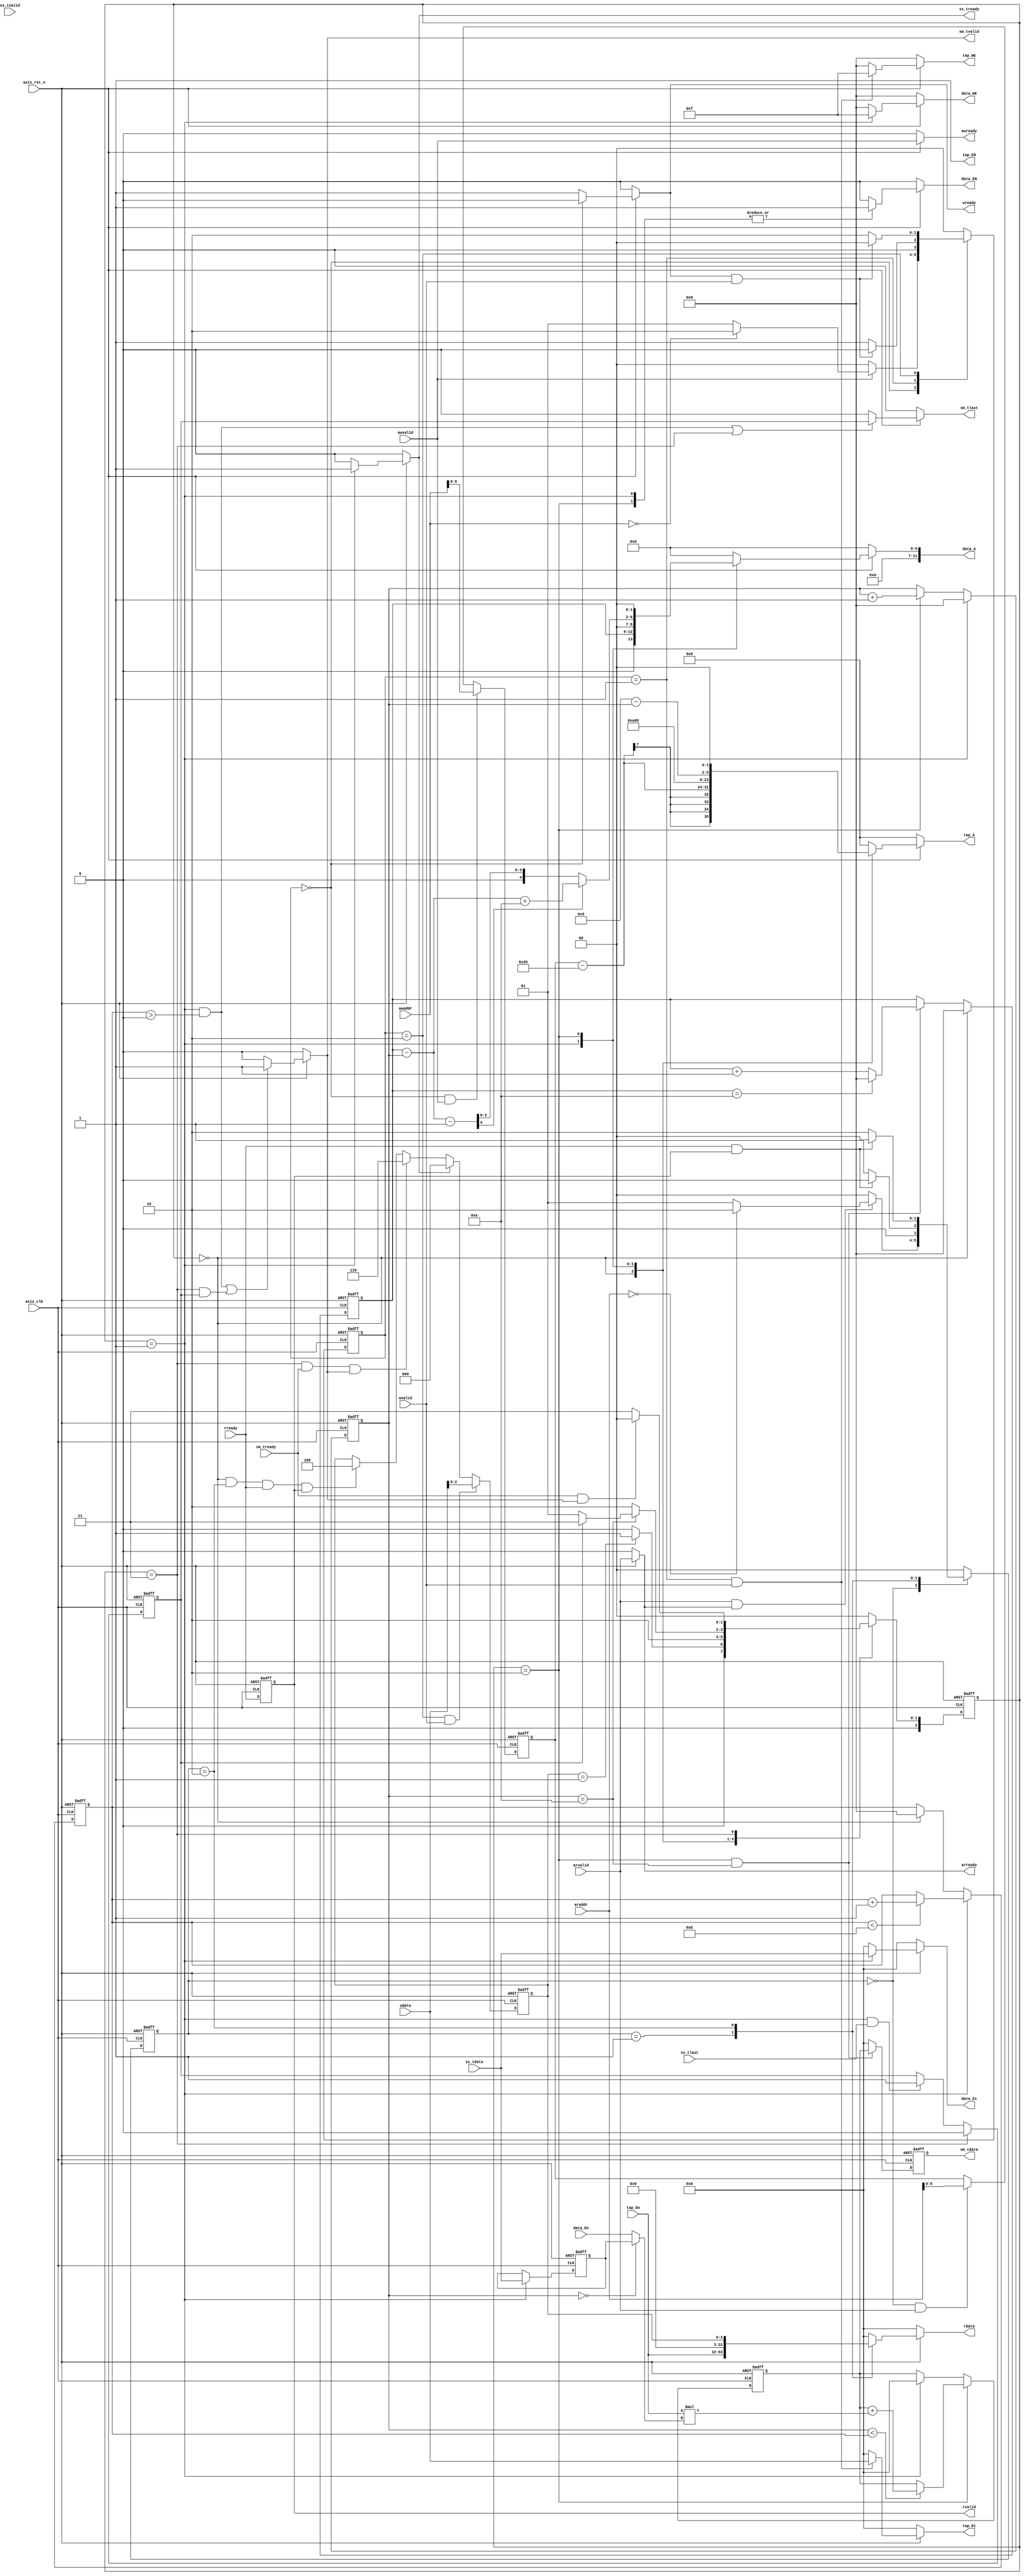
`timescale 1ns / 1ps

module fir 
#(  parameter pADDR_WIDTH = 12,
    parameter pDATA_WIDTH = 32,
    parameter Tape_Num    = 11
)
(
	// write AXI-lite (use for ap_done ap_idle 0x00)
    output  wire                     awready,
    output  wire                     wready,
    input   wire                     awvalid,
    input   wire [(pADDR_WIDTH-1):0] awaddr,
    input   wire                     wvalid,
    input   wire [(pDATA_WIDTH-1):0] wdata,
	
	// Read AXI-lite (use for tap coeff & ap_done ap_idle 0x00)
    output  wire                     arready,
    input   wire                     rready,
    input   wire                     arvalid,
    input   wire [(pADDR_WIDTH-1):0] araddr,
    output  reg                      rvalid,
    output  reg  [(pDATA_WIDTH-1):0] rdata,
    
	// Read AXI-Stream DATA IN
    input   wire                     ss_tvalid, 
    input   wire [(pDATA_WIDTH-1):0] ss_tdata, 
    input   wire                     ss_tlast, 
    output  reg                      ss_tready, 
	
	// Write AXI-Stream DATA OUT
    input   wire                     sm_tready, 
    output  wire                     sm_tvalid, 
    output  wire  [(pDATA_WIDTH-1):0]sm_tdata, 
    output  wire                     sm_tlast, 
    
    // bram for tap RAM
    output  reg [3:0]               tap_WE,
    output  wire                    tap_EN,
    output  reg [(pDATA_WIDTH-1):0] tap_Di,
    output  reg [(pADDR_WIDTH-1):0] tap_A,
    input   wire signed [(pDATA_WIDTH-1):0] tap_Do,

    // bram for data RAM
    output  reg  [3:0]               data_WE,
    output  reg                      data_EN,
    output  reg  [(pDATA_WIDTH-1):0] data_Di,
    output  reg  [(pADDR_WIDTH-1):0] data_A,
    input   wire [(pDATA_WIDTH-1):0] data_Do,

    input   wire                     axis_clk,
    input   wire                     axis_rst_n
	//output  reg [3:0]					 c_state
);
//--------------------------------------
// Parameter  
localparam S_IDLE = 3'b000; 
localparam S_GET  = 3'b001; 
localparam S_CAL  = 3'b010; 
localparam S_OUT  = 3'b011; 

localparam AR_IDLE = 2'b00; 
localparam AR_DATA = 2'b01; 
localparam AR_CMD  = 2'b10; 

localparam AW_IDLE = 2'b00; 
localparam AW_DATA = 2'b01; 
localparam AW_CMD  = 2'b10; 
//--------------------------------------
// wire/reg declare
//reg  [(pDATA_WIDTH-1):0] data_length;
reg  signed[(pDATA_WIDTH-1):0] acc_reg;
wire signed[(pDATA_WIDTH-1):0] mul_result;
wire signed [(pDATA_WIDTH-1):0] h_coeff, x_data;
reg [(pDATA_WIDTH-1):0]temp_sdata;
reg [3:0] coe_cnt,cnt;
reg [3:0] coe_point;
reg eof;
reg [2:0]ap_flag, ap_flag_n;

reg [6:0]addr_temp;
reg [2:0]n_state, c_state;
reg [1:0]axir_n, axir_c;
reg [1:0]axiw_n, axiw_c;
//--------------------------------------
// AXI block protocol 
	always@(posedge axis_clk, negedge axis_rst_n) begin
		if(!axis_rst_n)
			ap_flag <= 3'b100;
		else
			ap_flag <= ap_flag_n;
	end 
	
	always@(*) begin
		if(axiw_c == AW_CMD && wvalid)
			ap_flag_n = wdata;
		else if(ss_tready)
			ap_flag_n = 3'b000;
		else if(c_state == S_OUT && sm_tready && sm_tvalid)
			ap_flag_n = 3'b110;
		else if(c_state == S_IDLE && axir_c == AR_CMD && rready && rvalid)
			ap_flag_n = 3'b100;
		else
			ap_flag_n = ap_flag;
	end
//--------------------------------------
// FSM block 
	//--------------------------------------
	// Fir block 
	always@(posedge axis_clk, negedge axis_rst_n) begin
		if(!axis_rst_n)
			c_state <= S_IDLE;
		else
			c_state <= n_state;
	end 
	
	always@(*) begin
		case(c_state)
		S_IDLE: if(ap_flag == 3'b001)   n_state = S_GET;
				else		   		    n_state = S_IDLE;
		S_GET:  n_state = S_CAL;
		S_CAL:  if(coe_cnt == 10) begin
					if(eof == 1)
						n_state = S_OUT;
					else
						n_state = S_GET;
				end 
				else 	 n_state = S_CAL;
		S_OUT:  if(sm_tready && sm_tvalid)
					n_state = S_IDLE;
				else
					n_state = S_OUT;
		default: n_state = S_IDLE;
		endcase
	end
	
	//--------------------------------------
	// AXI Read block 
	always@(posedge axis_clk, negedge axis_rst_n) begin
		if(!axis_rst_n)
			axir_c <= AR_IDLE;
		else
			axir_c <= axir_n;
	end 
	
	always@(*) begin
		case(axir_c)
		AR_IDLE: if(arvalid && arready) 
					if(araddr == 0)
						axir_n = AR_CMD;
					else
						axir_n = AR_DATA;
				 else		 axir_n = AR_IDLE;
		AR_DATA: if(rready && rvalid) axir_n = AR_IDLE;
				 else		axir_n = AR_DATA;
		AR_CMD:  if(rready && rvalid) axir_n = AR_IDLE;
				 else		axir_n = AR_CMD;
		default: axir_n = AR_IDLE;
		endcase
	end
	
	//--------------------------------------
	// AXI Write block 
	always@(posedge axis_clk, negedge axis_rst_n) begin
		if(!axis_rst_n)
			axiw_c <= AW_IDLE;
		else
			axiw_c <= axiw_n;
	end 
	
	always@(*) begin
		case(axiw_c)
		AW_IDLE: if(awvalid && awvalid) 
					if(awaddr == 0)
						axiw_n = AW_CMD;
					else
						axiw_n = AW_DATA;
				 else		 axiw_n = AW_IDLE;
		AW_DATA: if(wready && wvalid) axiw_n = AW_IDLE;
				 else		axiw_n = AW_DATA;
		AW_CMD:  if(wready && wvalid) axiw_n = AW_IDLE;
				 else		axiw_n = AW_CMD;
		default: axiw_n = AW_IDLE;
		endcase
	end
	
	
	always@(posedge axis_clk, negedge axis_rst_n) begin
		if(!axis_rst_n)
			eof <= 1'b0;
		else
			if(c_state == S_OUT)
				eof <= 1'b0;
			else if(c_state == S_GET && ss_tlast == 1'b1)	
				eof <= 1'b1;
			else
				eof <= eof;
	end
//--------------------------------------
// inner Fir block
	assign x_data = (coe_cnt == 0)? temp_sdata : data_Do;
	assign mul_result = tap_Do * x_data;
	always@(posedge axis_clk, negedge axis_rst_n) begin
		if(!axis_rst_n)
			acc_reg <= 0;
		else
			if(c_state == S_CAL)
				if(coe_cnt < cnt)
					acc_reg <= acc_reg + mul_result;
				else
					acc_reg <=acc_reg;
			else if(c_state == S_GET)
				acc_reg <= 0;
	end
	//coe_point;
	always@(posedge axis_clk, negedge axis_rst_n) begin
		if(!axis_rst_n)
			coe_cnt <= 0;
		else if(c_state == S_GET)
			coe_cnt <= 0;
		else if(c_state == S_CAL)
			coe_cnt <= coe_cnt + 1;
	end 
	
	always@(posedge axis_clk, negedge axis_rst_n) begin
		if(!axis_rst_n)
			cnt <= 0;
		else begin
			if(c_state == S_GET)
				if(cnt < 'd11)
					cnt <= cnt + 1;
				else
					cnt <= cnt;
			else if(c_state == S_IDLE)
				cnt <= 0;
		end
	end 
	
	always@(posedge axis_clk, negedge axis_rst_n) begin
		if(!axis_rst_n)
			coe_point <= 0;
		else begin
			if(c_state == S_IDLE)
				coe_point <= 0;
			else
				if(c_state == S_CAL && coe_cnt == 'd10)
					if(coe_point == 'd10)
						coe_point <= 0;
					else 
						coe_point <= coe_point + 1;
				
		end
	end 
//--------------------------------------
// coeff block AXI-lite Write
	
	always@(posedge axis_clk, negedge axis_rst_n) begin
		if(!axis_rst_n)
			addr_temp <= 0;
		else if(axiw_c == AW_IDLE && awvalid)
			addr_temp <= awaddr;
		else if(axir_c == AR_IDLE && arvalid)
			addr_temp <= araddr;
		else
			addr_temp <= addr_temp;
		
	end 
	
	assign awready = (!axis_rst_n)? 1'b0:awvalid;
    assign  wready = (!axis_rst_n)? 1'b0:(axiw_c == AW_IDLE)?1'b0:1'b1;
	
// coeff block AXI-lite Read 
    //output  wire                     arready,
    //input   wire                     rready,
    //input   wire                     arvalid,
    //input   wire [(pADDR_WIDTH-1):0] araddr,
    //output  wire                     rvalid,
    //output  wire [(pDATA_WIDTH-1):0] rdata,
	always@(posedge axis_clk, negedge axis_rst_n) begin
		if(!axis_rst_n)
			rvalid <= 0;
		else begin
			rvalid <= rready;
		end
	end 
	
	assign arready = (!axis_rst_n)? 1'b0:arvalid;
	
	always@(*) begin
		if(!axis_rst_n)begin
			rdata = 32'b0;
		end else begin
			case(axir_c)
			AR_IDLE: rdata = 32'b0;
			AR_DATA: rdata = tap_Do;
			AW_CMD:  rdata = ap_flag;
			default: rdata = 32'b0;
			endcase
		end
	end
	
//--------------------------------------
// Data in/out  block AXI-Stream

	always@(posedge axis_clk, negedge axis_rst_n) begin
		if(!axis_rst_n)
			temp_sdata <= 0;
		else begin
			if(c_state == S_GET)
				temp_sdata <= ss_tdata;
		end
	end
	//--------------------------------------------
	//Write AXI-Stream DATA OUT
	always@(*) begin
		if(!axis_rst_n)begin
			ss_tready = 1'b0;
		end else begin
			case(c_state)
			S_GET:	 ss_tready = 1'b1;
			default: ss_tready = 1'b0;
			endcase
		end
	end
	
	//--------------------------------------------
	//Write AXI-Stream DATA OUT
	assign sm_tvalid = (!axis_rst_n)? 1'b0:( (c_state == S_GET && cnt >0) ||  (c_state == S_OUT && eof))? 1'b1: 1'b0;
	assign sm_tlast = (!axis_rst_n)? 1'b0:((c_state == S_GET && cnt >0)  || (c_state == S_OUT) )? eof: 1'b0;
	
	reg [(pDATA_WIDTH-1):0] temp_smdata;
	
	always@(posedge axis_clk, negedge axis_rst_n) begin
		if(!axis_rst_n)
			temp_smdata <= 0;
		else begin
			if(coe_cnt == 4'd10 && c_state == S_CAL)
				temp_smdata <= acc_reg;
			else
				temp_smdata <= 0;
		end
	end
	
	assign sm_tdata = temp_smdata;
//--------------------------------------
// tap SRAM AXI-lite 
	assign tap_EN = 1'b1;
	
	always@(*) begin
		if(!axis_rst_n)
			tap_WE = 4'b0;
		else if(axiw_c == AW_DATA && wvalid)
			tap_WE = 4'b1111;
		else
			tap_WE = 4'b0;
	end
	wire [3:0]temp_tap;
	assign temp_tap = 12'd9 - coe_cnt;
	always@(*) begin
		if(!axis_rst_n)begin
			tap_A = 12'b0;
		end else begin
			case(c_state)
			S_IDLE:  tap_A = addr_temp-12'h20;
			S_GET: 	 tap_A = {12'd10,2'd0};
			S_CAL: 	 tap_A = {temp_tap,2'd0};
			default: tap_A = 12'b0;
			endcase
		end
	end
	
	always@(*) begin
		if(!axis_rst_n)
			tap_Di = 32'b0;
		else if(axiw_c == AW_DATA && wvalid)
			tap_Di = wdata;
		else
			tap_Di = 32'b0;
	end

//--------------------------------------
// data SRAM AXI-lite 
//data_WE,
//data_EN,
//data_Di,
//data_A,
//data_Do,
	always@(*) begin
		if(!axis_rst_n)begin
			data_EN = 1'b0;
		end else begin
			case(c_state)
			S_GET:	 data_EN = 1'b1;
			S_CAL:	 data_EN = 1'b1;
			default: data_EN = 1'b0;
			endcase
		end
	end
	always@(*) begin
		if(!axis_rst_n)begin
			data_WE = 4'b0;
		end else begin
			case(c_state)
			S_GET:   data_WE = 4'b1111;
			default: data_WE = 4'b0;
			endcase
		end
	end
	wire [4:0] temp_add, temp_sub,result;
	assign temp_add = coe_point - coe_cnt + 'd10;
	assign temp_sub = coe_point - coe_cnt - 'd1;
	assign result = (temp_sub[4])? temp_add : temp_sub ;
	always@(*) begin
		if(!axis_rst_n)begin
			data_A = 12'b0;
		end else begin
			case(c_state)
			S_GET:   data_A = {coe_point,2'd0};
			S_CAL:	 data_A = {result,2'd0};
			default: data_A = 12'b0;
			endcase
		end
	end
	
	always@(*) begin
		if(!axis_rst_n)begin
			data_Di = 32'b0;
		end else begin
			case(c_state)
			S_GET:	 data_Di = ss_tdata;
			default: data_Di = 32'b0;
			endcase
		end
	end



endmodule